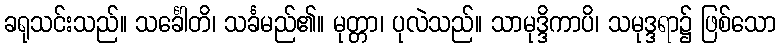
ခရုသင်းသည်။ သင်္ခေါတိ၊ သင်္ခမည်၏။ မုတ္တာ၊ ပုလဲသည်။ သာမုဒ္ဒိကာပိ၊ သမုဒ္ဒရာ၌ ဖြစ်သော